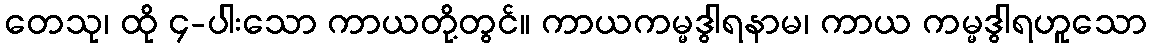
တေသု၊ ထို ၄-ပါးသော ကာယတို့တွင်။ ကာယကမ္မဒွါရနာမ၊ ကာယ ကမ္မဒွါရဟူသော